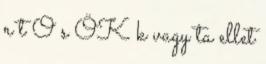
r t O s ÖK k vagy ta ellet